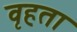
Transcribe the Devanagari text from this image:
वृहता